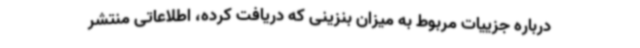
درباره جزییات مربوط به میزان بنزینی که دریافت کرده، اطلاعاتی منتشر